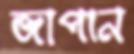
জাপান